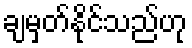
ချမှတ်နိုင်သည်ဟု